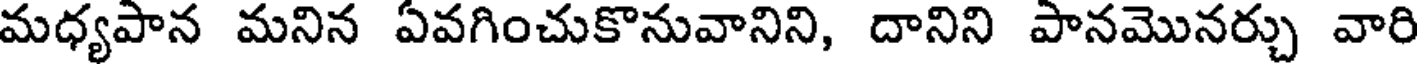
మధ్యపాన మనిన ఏవగించుకొనువానిని, దానిని పానమొనర్చు వారి